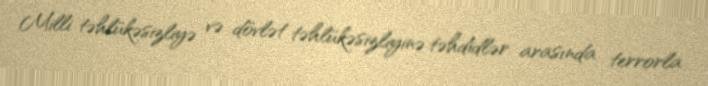
Milli təhlükəsizliyə və dövlət təhlükəsizliyinə təhdidlər arasında terrorla